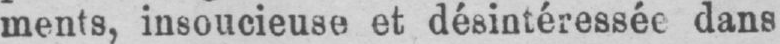
ments, insoucieuse et désintéressée dans